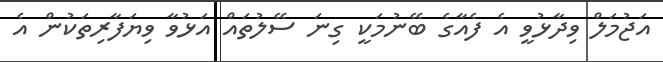
އަޖުމަލް ވިދާޅުވީ އެ ފެއާގެ ބޭނުމަކީ ގިނަ ސޭލުތައް އަޅުވާ ވިޔަފާރިތަކުން އެ